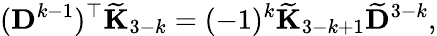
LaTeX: ({\mathbf D}^{k-1})^{\top}\widetilde{\mathbf K}_{3-k}=(-1)^{k}\widetilde{\mathbf K}_{3-k+1}\widetilde{\mathbf D}^{3-k},